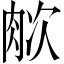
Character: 𬚺